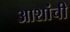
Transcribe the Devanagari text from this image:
आशांची